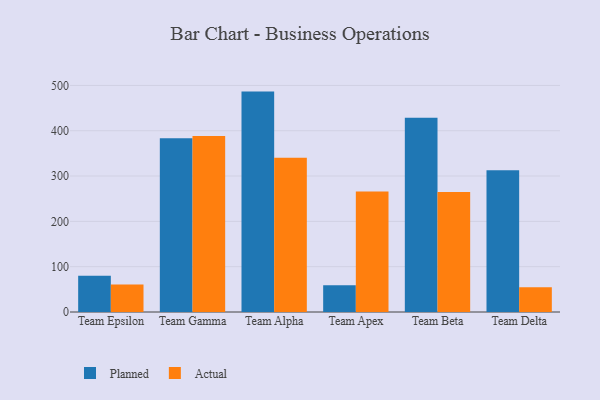
{"axis": {"x": "Team", "y": "Net Income (USD K)"}, "legend": ["Actual", "Planned"], "data": [{"x": "Team Epsilon", "y": 79.9, "type": "Planned"}, {"x": "Team Epsilon", "y": 60.8, "type": "Actual"}, {"x": "Team Gamma", "y": 383.2, "type": "Planned"}, {"x": "Team Gamma", "y": 388.5, "type": "Actual"}, {"x": "Team Alpha", "y": 486.4, "type": "Planned"}, {"x": "Team Alpha", "y": 340.3, "type": "Actual"}, {"x": "Team Apex", "y": 59.3, "type": "Planned"}, {"x": "Team Apex", "y": 265.7, "type": "Actual"}, {"x": "Team Beta", "y": 428.6, "type": "Planned"}, {"x": "Team Beta", "y": 264.7, "type": "Actual"}, {"x": "Team Delta", "y": 312.6, "type": "Planned"}, {"x": "Team Delta", "y": 54.8, "type": "Actual"}]}